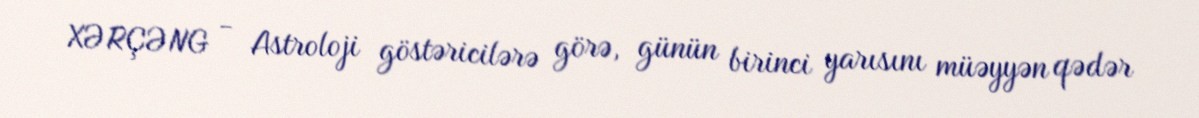
XƏRÇƏNG - Astroloji göstəricilərə görə, günün birinci yarısını müəyyən qədər